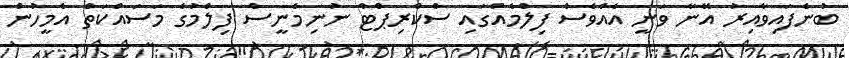
ބުނެފައިވާއިރު އޭނާ ވަނީ އެެއްވެސް ފިލްމެއްގައި ސްކްރިޕްޓް ނުނިމެނީސް ފިލްމުގެ މަސައްކަތް އެމީހުން